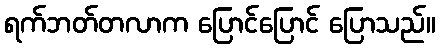
ရက်ဘတ်တလာက ပြောင်ပြောင် ပြောသည်။